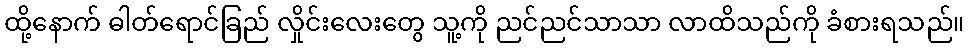
ထို့နောက် ဓါတ်ရောင်ခြည် လှိုင်းလေးတွေ သူ့ကို ညင်ညင်သာသာ လာထိသည်ကို ခံစားရသည်။